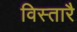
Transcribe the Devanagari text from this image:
विस्तारै